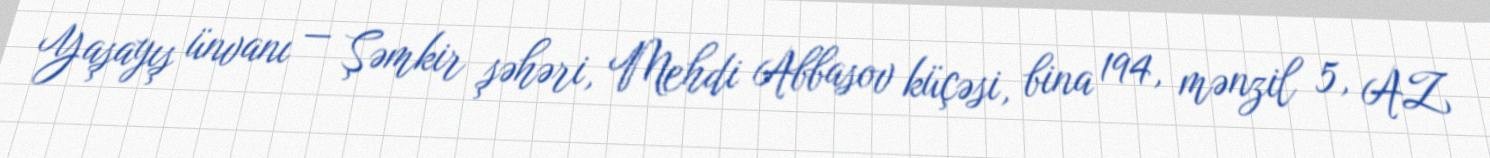
Yaşayış ünvanı — Şəmkir şəhəri, Mehdi Abbasov küçəsi, bina 194, mənzil 5, AZ